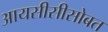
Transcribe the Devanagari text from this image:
आयसीसीसोबत